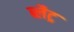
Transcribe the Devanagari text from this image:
ब्लैट्र